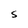
Character: S